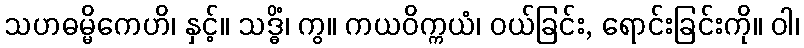
သဟဓမ္မိကေဟိ၊ နှင့်။ သဒ္ဓိံ၊ ကွ။ ကယဝိက္ကယံ၊ ဝယ်ခြင်း, ရောင်းခြင်းကို။ ဝါ၊